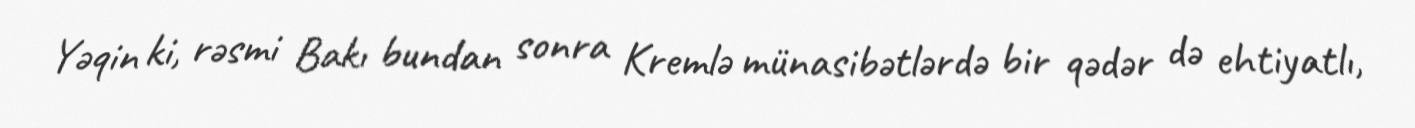
Yəqin ki, rəsmi Bakı bundan sonra Kremlə münasibətlərdə bir qədər də ehtiyatlı,